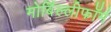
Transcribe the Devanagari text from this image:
मोर्बिल्लीफॉर्म